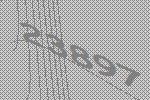
23897